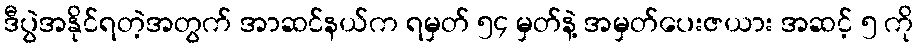
ဒီပွဲအနိုင်ရတဲ့အတွက် အာဆင်နယ်က ရမှတ် ၅၄ မှတ်နဲ့ အမှတ်ပေးဇယား အဆင့် ၅ ကို